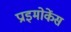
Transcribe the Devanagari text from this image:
प्राइमोकेंस